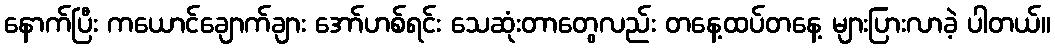
နောက်ပြီး ကယောင်ချောက်ချား အော်ဟစ်ရင်း သေဆုံးတာတွေလည်း တနေ့ထပ်တနေ့ များပြားလာခဲ့ ပါတယ်။